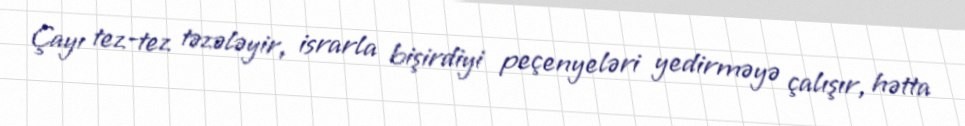
Çayı tez-tez təzələyir, israrla bişirdiyi peçenyeləri yedirməyə çalışır, hətta